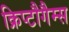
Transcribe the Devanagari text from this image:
क्रिप्टौगैम्स